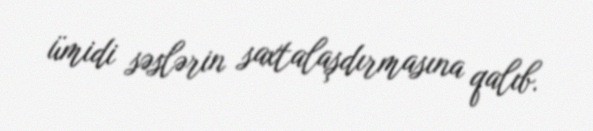
ümidi səslərin saxtalaşdırmasına qalıb.